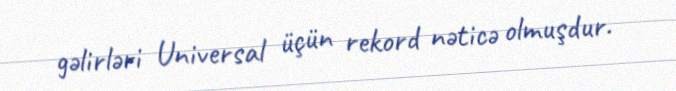
gəlirləri Universal üçün rekord nəticə olmuşdur.